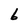
Character: b